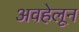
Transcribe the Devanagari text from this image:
अवहेलून